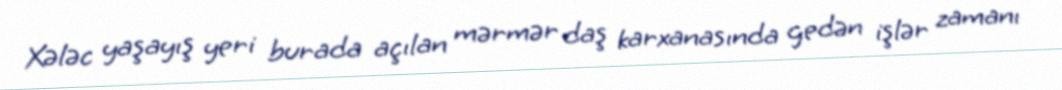
Xələc yaşayış yeri burada açılan mərmər daş karxanasında gedən işlər zamanı